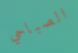
الصباحي